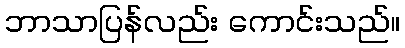
ဘာသာပြန်လည်း ကောင်းသည်။